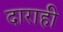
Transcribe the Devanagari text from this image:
दाराही